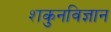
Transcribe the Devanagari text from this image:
शकुनविज्ञान